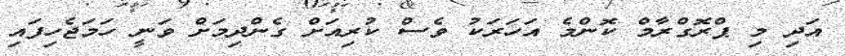
އަދި މި ޕްރޮގްރާމް ކޮންމެ އަހަރަކު ވެސް ކުރިއަށް ގެންދިމަށް ވަނީ ހަމަޖެހިފައި